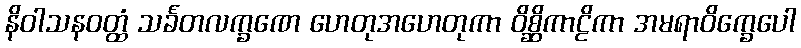
နိဝါသနဝတ္ထံ သင်္ခတလက္ခဏေ ဟေတုအဟေတုကာ ဝိစ္ဆိကာဠိကာ အမရာဝိက္ခေပေါ